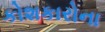
કોશકારોના